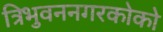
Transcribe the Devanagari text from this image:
त्रिभुवननगरकोको